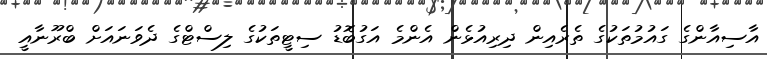
އާސިއާންގެ ގައުމުތަކުގެ ތެރެއިން ދިރިއުޅެން އެންމެ އަގުބޮޑު ސިޓީތަކުގެ ލިސްޓްގެ ދެވަނައަށް ބްރޫނާއީ